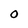
Character: O